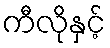
ကီလိုနှင့်